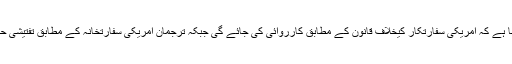
وفاقی وزیرداخلہ احسن اقبال کا کہنا ہے کہ امریکی سفارتکار کیخلاف قانون کے مطابق کارروائی کی جائے گی جبکہ ترجمان امریکی سفارتخانہ کے مطابق تفتیشی حکام سے مکمل تعاون کررہے ہیں۔